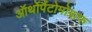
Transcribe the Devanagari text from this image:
ऑर्थोपैंटोमोग्राफ